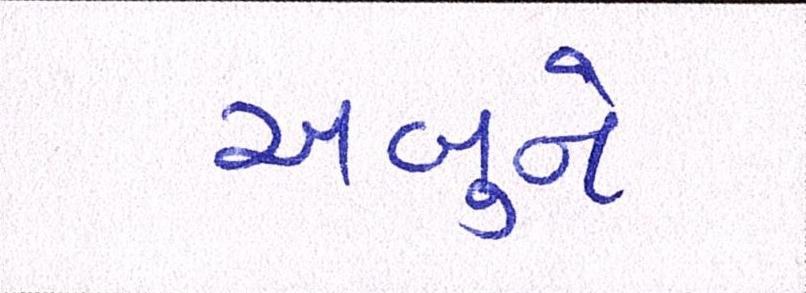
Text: અબુને